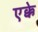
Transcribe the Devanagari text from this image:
एक्के